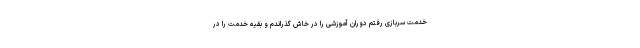
خدمت سربازی رفتم دوران آموزشی را در خاش گذراندم و بقیه خدمت را در